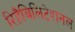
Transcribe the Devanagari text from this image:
रिहैबिलिटेशनल